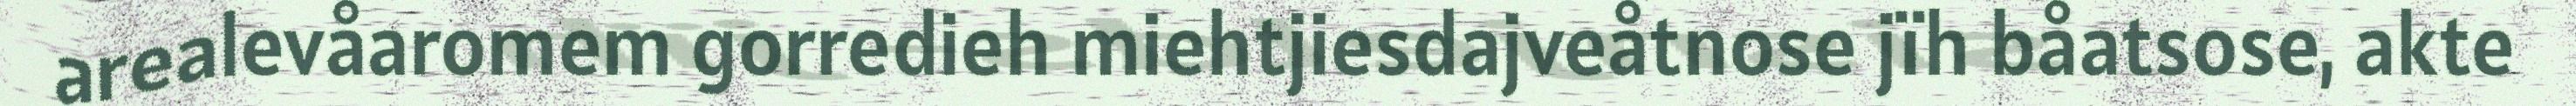
arealevåaromem gorredieh miehtjiesdajveåtnose jïh båatsose, akte